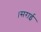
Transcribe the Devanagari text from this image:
।सराई